Indian journal of veterinary science and animal husbandry - Volume 4,
Year: 1934
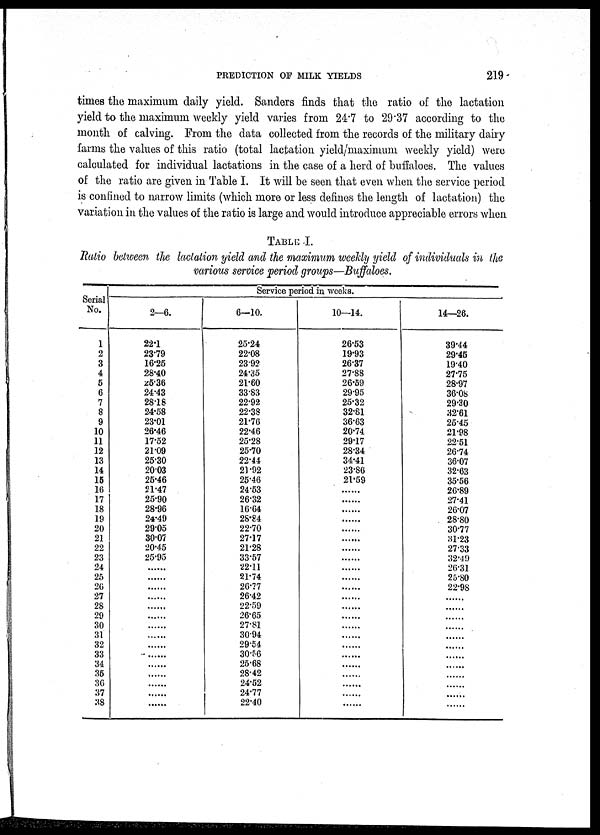
PREDICTION OF MILK YIELDS
219
times the maximum daily yield. Sanders finds that the ratio of the lactation
yield to the maximum weekly yield varies from 24.7 to 29.37 according to the
month of calving. From the data collected from the records of the military dairy
farms the values of this ratio (total lactation yield/maximum weekly yield) were
calculated for individual lactations in the case of a herd of buffaloes. The values
of the ratio are given in Table I. It will be seen that even when the service period
is confined to narrow limits (which more or less defines the length of lactation) the
variation in the values of the ratio is large and would introduce appreciable errors when
TABLE I.
Ratio between the lactation yield and the maximum weekly yield of individuals in the
various service period groups—Buffaloes.
Serial
No.
1
2
3
4
5
6
7
8
9
10
11
12
13
14
15
16
17
18
19
20
21
22
23
24
25
26
27
28
29
30
31
32
33
34
36
36
37
38
Service period in weeks.
2—6.
22.1
23.79
16.25
28.40
25.36
24.43
2818
24.58
23.01
26.46
17.52
21.09
25.30
2003
25.46
21.47
25.90
28.96
24.49
29.05
30.07
20.45
25.95
.....
.....
.....
.....
.....
.....
.....
.....
.....
.....
.....
.....
.....
.....
.....
6—10.
25.24
22.08
23.92
24.35
21.60
33.83
22.92
22.38
21.76
22.46
25.28
25.70
22.44
21.92
25.46
24.53
26.32
16.64
28.84
22.70
27.17
21.28
33.57
22.11
21.74
26.77
26.42
22.59
26.65
27.81
30.94
29.54
30.56
25.68
28.42
24.52
24.77
22.40
10—14.
26.53
19.93
26.37
27.88
26.59
29.95
25.32
32.81
36.63
20.74
29.17
28.34
34.41
23.86
21.59
.....
.....
.....
.....
.....
.....
.....
.....
.....
.....
.....
.....
.....
.....
.....
.....
.....
.....
.....
.....
.....
.....
.....
14—26.
39.44
29.45
19.40
27.75
28.97
36.08
29.30
32.61
25.45
21.98
22.51
26.74
36.07
32.63
35.56
26.89
27.41
26.07
28.80
30.77
31.23
27.33
32.49
26.31
25.80
22.98
.....
.....
.....
.....
.....
.....
.....
.....
.....
.....
.....
.....